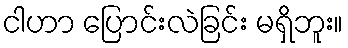
ငါဟာ ပြောင်းလဲခြင်း မရှိဘူး။